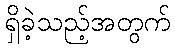
ရှိခဲ့သည့်အတွက်